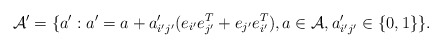
\begin{align*}\mathcal{A}'=\{a':a'=a+a_{i'j'}'(e_{i'}e_{j'}^{T}+e_{j'}e_{i'}^{T}),a\in\mathcal{A},a_{i'j'}'\in\{0,1\}\}.\end{align*}